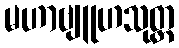
မဟာဗျူဟသုတ္တ